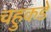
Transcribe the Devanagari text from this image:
चहुकडे